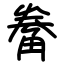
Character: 觠